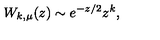
W _ { k , \mu } ( z ) \sim e ^ { - z / 2 } z ^ { k } ,